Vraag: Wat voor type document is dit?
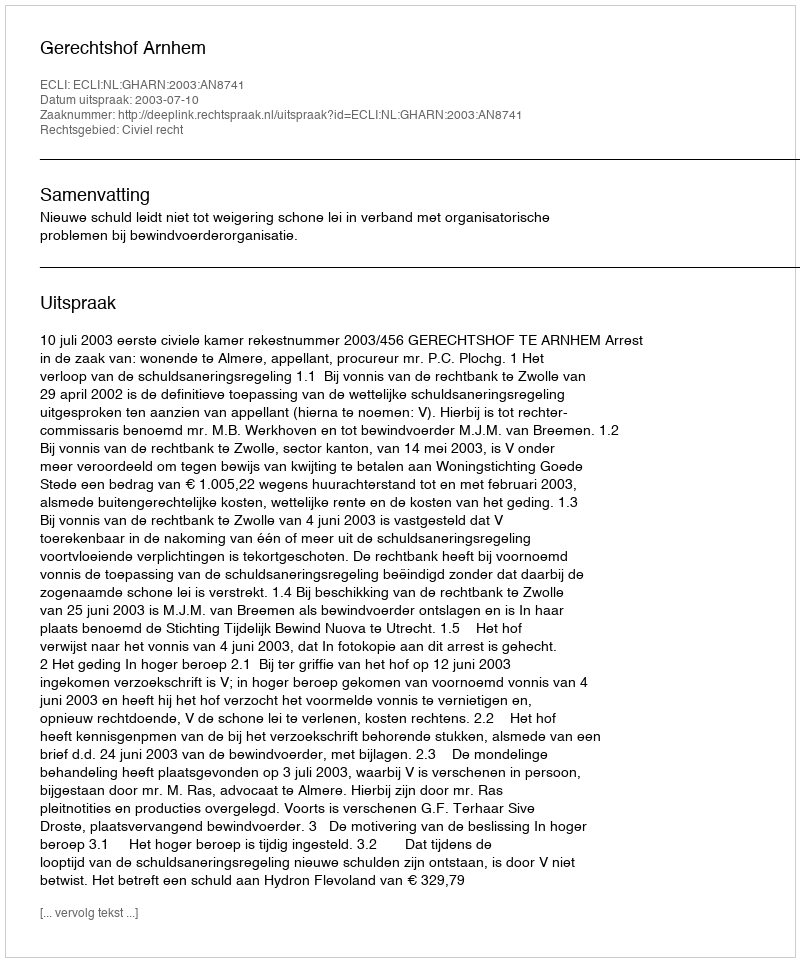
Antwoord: Uitspraak